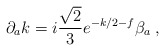
\begin{align*}\partial_a k = i\frac{\sqrt{2}}{3}e^{-k/2-f}\beta_a \; ,\end{align*}